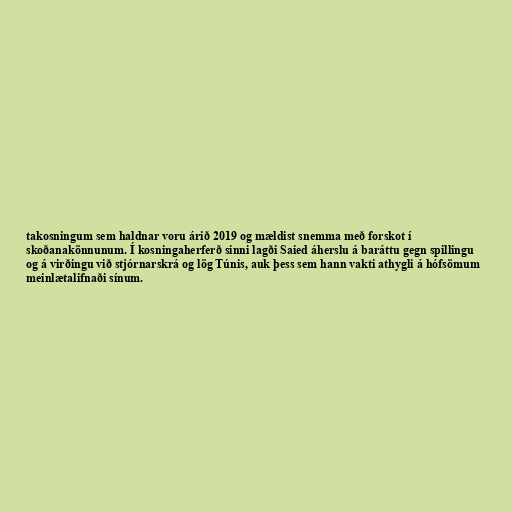
takosningum sem haldnar voru árið 2019 og mældist snemma með forskot í
skoðanakönnunum. Í kosningaherferð sinni lagði Saied áherslu á baráttu gegn spillingu
og á virðingu við stjórnarskrá og lög Túnis, auk þess sem hann vakti athygli á hófsömum
meinlætalifnaði sínum.